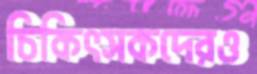
চিকিৎসকদেরও